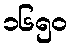
၁၆၅၀